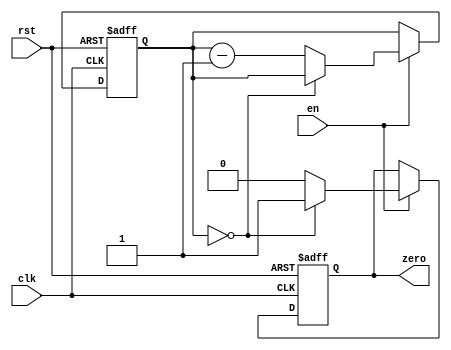
module down_counter_enable(
    input wire clk,
    input wire rst,
    input wire en,
    output reg zero
);

reg [7:0] count;

always @(posedge clk or negedge rst) begin
    if (rst == 0) begin
        count <= 8'd0;
        zero <= 1'b0;
    end else if (en == 1'b1) begin
        if (count == 8'd0) begin
            zero <= 1'b1;
        end else begin
            count <= count - 1;
            zero <= 1'b0;
        end
    end
end

endmodule